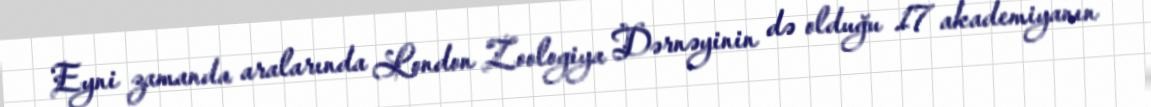
Eyni zamanda aralarında London Zoologiya Dərnəyinin də olduğu 17 akademiyanın